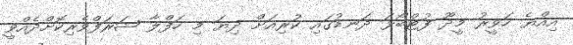
އިއްޔެ ހަވީރު މީދޫ ފުޓްބޯޅަ ދަނޑުގައި ކުރިއަށް ދިޔަ މި ހަފްލާ ޝަރަފްވެރިކޮށްދެއްވީ